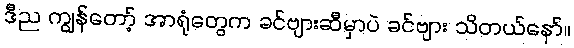
ဒီည ကျွန်တော့် အာရုံတွေက ခင်ဗျားဆီမှာပဲ ခင်ဗျား သိတယ်နော်။